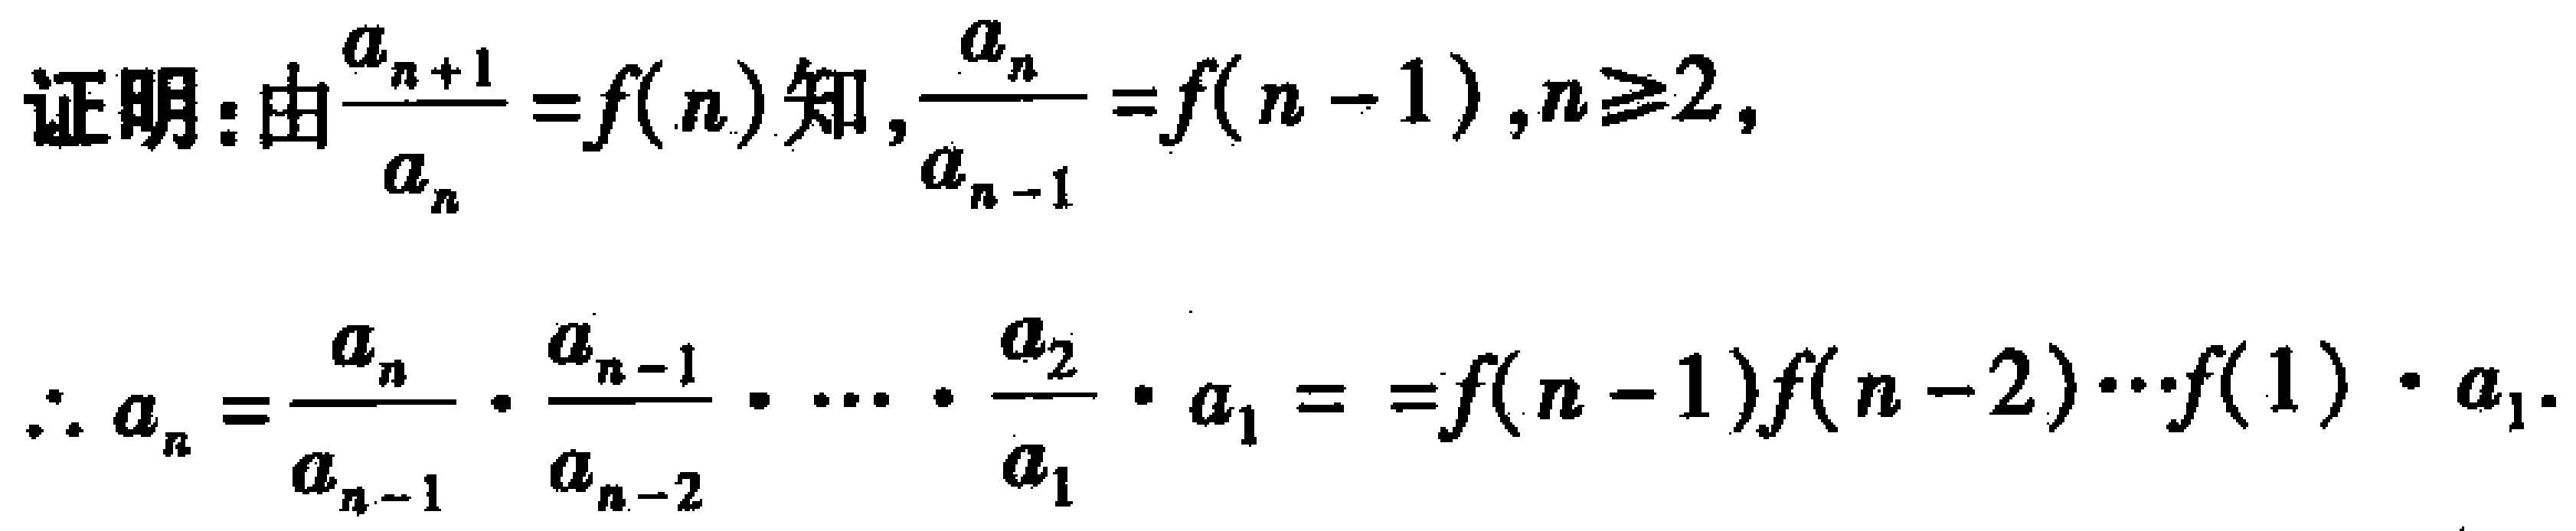
证明：由$\frac{a_{n + 1}}{a_{n}} = f(n)$知，$\frac{a_{n}}{a_{n - 1}} = f(n - 1),n\geq2$，
\[\therefore a_{n}=\frac{a_{n}}{a_{n - 1}}\cdot\frac{a_{n - 1}}{a_{n - 2}}\cdot\cdots\cdot\frac{a_{2}}{a_{1}}\cdot a_{1}=f(n - 1)f(n - 2)\cdots f(1)\cdot a_{1}.\]